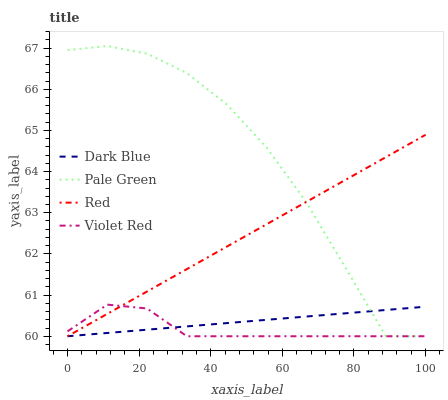
| xaxis_label | Dark Blue | Pale Green | Red | Violet Red |
 | --- | --- | --- | --- | --- |
 | 0 | 60 | 66.9 | 60 | 60.1 |
 | 11.1 | 60.1 | 67.1 | 60.5 | 60.8 |
 | 22.2 | 60.2 | 66.9 | 61.1 | 60.7 |
 | 33.3 | 60.2 | 66.4 | 61.6 | 60 |
 | 44.4 | 60.3 | 65.6 | 62.2 | 60 |
 | 55.6 | 60.4 | 64.6 | 62.7 | 60 |
 | 66.7 | 60.5 | 63.3 | 63.3 | 60 |
 | 77.8 | 60.6 | 61.6 | 63.8 | 60 |
 | 88.9 | 60.6 | 60 | 64.3 | 60 |
 | 100 | 60.7 | 60 | 64.9 | 60 |